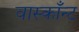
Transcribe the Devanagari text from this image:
वास्काँन्ट